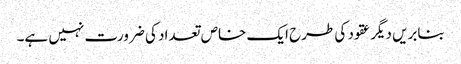
بنابریں دیگر عقود کی طرح ایک خاص تعداد کی ضرورت نہیں ہے۔